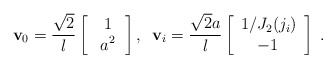
\begin{align*}{\bf v}_0= \frac{\sqrt 2}l \left[\begin{array}{c} \,1 \\ \,\,a^2\, \end{array}\right],\,\,\, {\bf v}_i= \frac{{\sqrt 2}a}l \left[\begin{array}{c} 1/J_2(j_i) \\ -1\, \end{array}\right]\ . \end{align*}